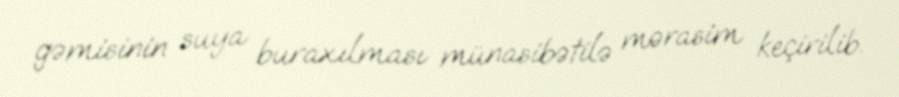
gəmisinin suya buraxılması münasibətilə mərasim keçirilib.